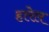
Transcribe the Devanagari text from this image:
हारेल